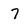
Character: 7